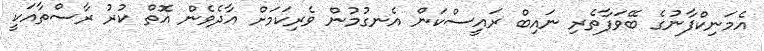
އެމަނިކްފާނުގެ ބޭވަފާތެރި ނައިބް ރައީސްކަން އެނގުމުން ވެރިކަމަށް އާދެވެން އޮތް ކުރު ރާސްތާއަކީ